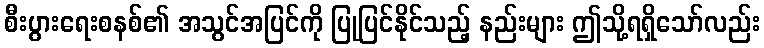
စီးပွားရေးစနစ်၏ အသွင်အပြင်ကို ပြုပြင်နိုင်သည့် နည်းများ ဤသို့ရရှိသော်လည်း